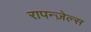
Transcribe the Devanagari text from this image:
रापन्ज़ेल्स